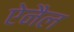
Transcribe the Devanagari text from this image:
ऐनैल